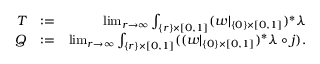
\begin{array} { r l r } { T } & { : = } & { \operatorname* { l i m } _ { r \to \infty } \int _ { \{ r \} \times [ 0 , 1 ] } ( w | _ { \{ 0 \} \times [ 0 , 1 ] } ) ^ { * } \lambda } \\ { Q } & { : = } & { \operatorname* { l i m } _ { r \to \infty } \int _ { \{ r \} \times [ 0 , 1 ] } ( ( w | _ { \{ 0 \} \times [ 0 , 1 ] } ) ^ { * } \lambda \circ j ) . } \end{array}